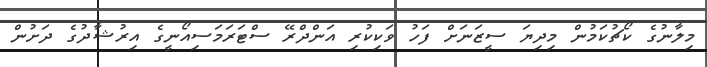
މިލާނުގެ ކޯޗުކަމުން މިދިޔަ ސީޒަނަށް ފަހު ވަކިކުރި އަންދްރޭ ސްޓަރަމަސިއޯނީގެ އިރުޝާދުގެ ދަށުން